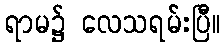
ရာမ၌ လေသရမ်းပြီ။